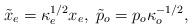
LaTeX: \begin{align*}\tilde{x}_{e}=\kappa _{e}^{1/2}x_{e},\;\tilde{p}_{o}=p_{o}\kappa _{o}^{-1/2},\end{align*}